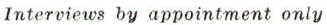
Interviews by appointment only